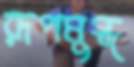
রূপমুগ্ধ